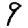
Digit: 9